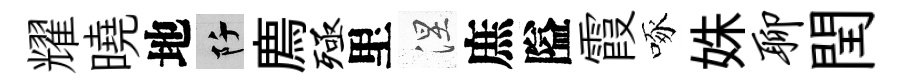
耀曉地阡廌殛里涅庶隘霞啄姝聊閏